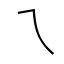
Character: ㇝